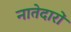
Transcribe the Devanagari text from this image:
नातेदारों